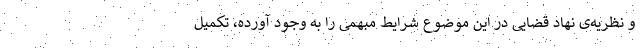
و نظریه‌ی نهاد قضایی در این موضوع شرایط مبهمی را به وجود آورده، تکمیل